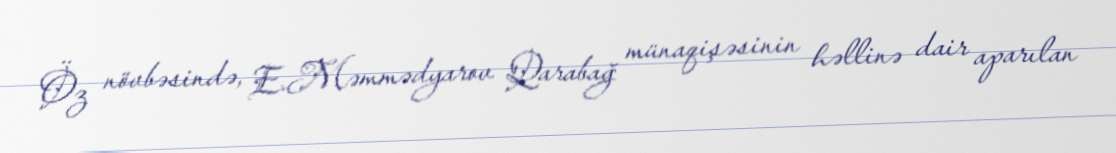
Öz növbəsində, E.Məmmədyarov Qarabağ münaqişəsinin həllinə dair aparılan